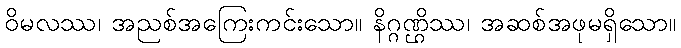
ဝိမလဿ၊ အညစ်အကြေးကင်းသော။ နိဂ္ဂဏ္ဌိဿ၊ အဆစ်အဖုမရှိသော။